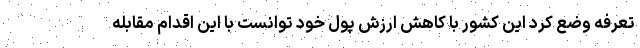
تعرفه وضع کرد این کشور با کاهش ارزش پول خود توانست با این اقدام مقابله